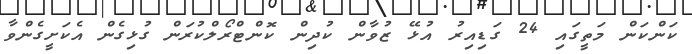
ކަންކަން މަތީގައި 24 ގަޑިއިރު އުޅޭ ޒުވާން ކުދިން ކޮންޓްރޯލްކުރަން ގުޅިގެން އެކަށީގެންވާ